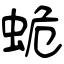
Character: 蛫